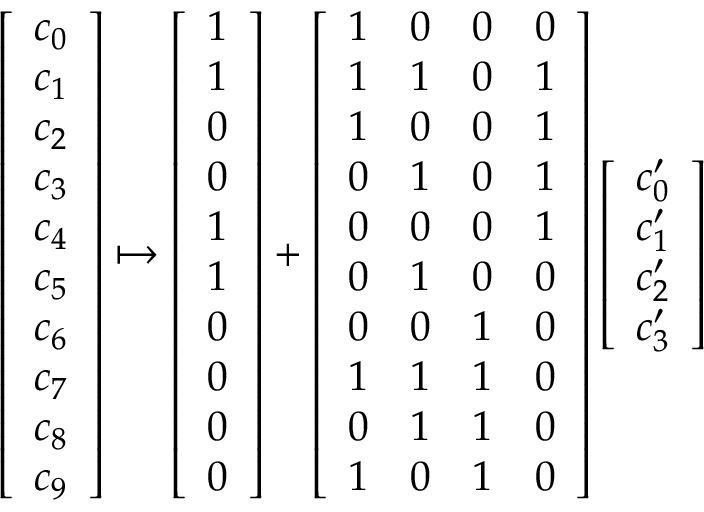
\begin{array} { r } { \left[ \begin{array} { l } { c _ { 0 } } \\ { c _ { 1 } } \\ { c _ { 2 } } \\ { c _ { 3 } } \\ { c _ { 4 } } \\ { c _ { 5 } } \\ { c _ { 6 } } \\ { c _ { 7 } } \\ { c _ { 8 } } \\ { c _ { 9 } } \end{array} \right] \mapsto \left[ \begin{array} { l } { 1 } \\ { 1 } \\ { 0 } \\ { 0 } \\ { 1 } \\ { 1 } \\ { 0 } \\ { 0 } \\ { 0 } \\ { 0 } \end{array} \right] + \left[ \begin{array} { l l l l } { 1 } & { 0 } & { 0 } & { 0 } \\ { 1 } & { 1 } & { 0 } & { 1 } \\ { 1 } & { 0 } & { 0 } & { 1 } \\ { 0 } & { 1 } & { 0 } & { 1 } \\ { 0 } & { 0 } & { 0 } & { 1 } \\ { 0 } & { 1 } & { 0 } & { 0 } \\ { 0 } & { 0 } & { 1 } & { 0 } \\ { 1 } & { 1 } & { 1 } & { 0 } \\ { 0 } & { 1 } & { 1 } & { 0 } \\ { 1 } & { 0 } & { 1 } & { 0 } \end{array} \right] \left[ \begin{array} { l } { c _ { 0 } ^ { \prime } } \\ { c _ { 1 } ^ { \prime } } \\ { c _ { 2 } ^ { \prime } } \\ { c _ { 3 } ^ { \prime } } \end{array} \right] } \end{array}